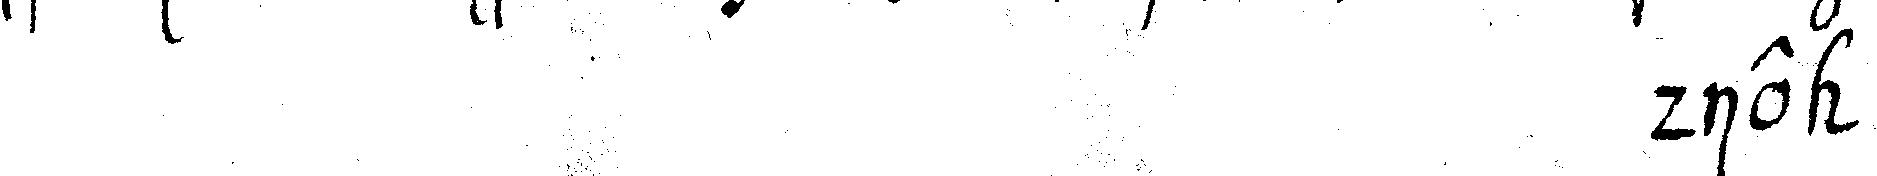
# die